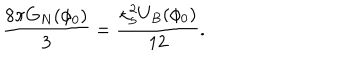
LaTeX: \frac { 8 \pi G _ { N } ( \phi _ { 0 } ) } { 3 } = \frac { \kappa _ { 5 } ^ { 2 } U _ { B } ( \phi _ { 0 } ) } { 1 2 } .